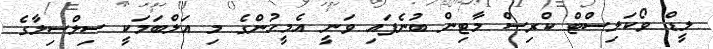
ލީޑް ވޯކަލިސްޓް ކްރިސް މާޓިން ބުނެފައި ވަނީ އެމީހުންގެ މި އަލްބަމަކީ ސިލްސިލާގެ